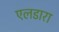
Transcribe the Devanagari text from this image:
एलडारा